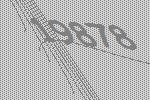
19878